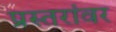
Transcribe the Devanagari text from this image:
प्रस्तरांवर